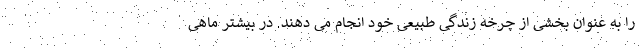
را به عنوان بخشی از چرخه زندگی طبیعی خود انجام می دهند. در بیشتر ماهی